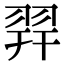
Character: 𦐧